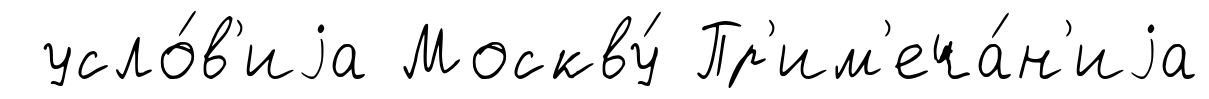
усло́в'иjа Москву́ Пр'им'еча́н'иjа